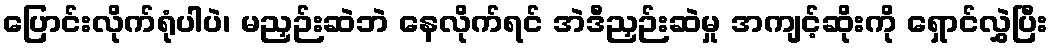
ပြောင်းလိုက်ရုံပါပဲ၊ မညှဉ်းဆဲဘဲ နေလိုက်ရင် အဲဒီညှဉ်းဆဲမှု အကျင့်ဆိုးကို ရှောင်လွှဲပြီး